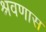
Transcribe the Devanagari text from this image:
श्रवणास